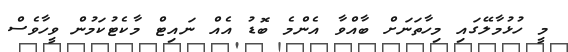
މީ ހުޅުމާލޭގައި މިހާތަނަށް ބާއްވާ އެންމެ ބޮޑު އެއް ނައިޓް މާކެޓުކަމުން ވީހާވެސް